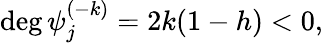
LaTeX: \mathrm{deg}\, \psi_{j}^{(-k)}=2k(1-h)<0,